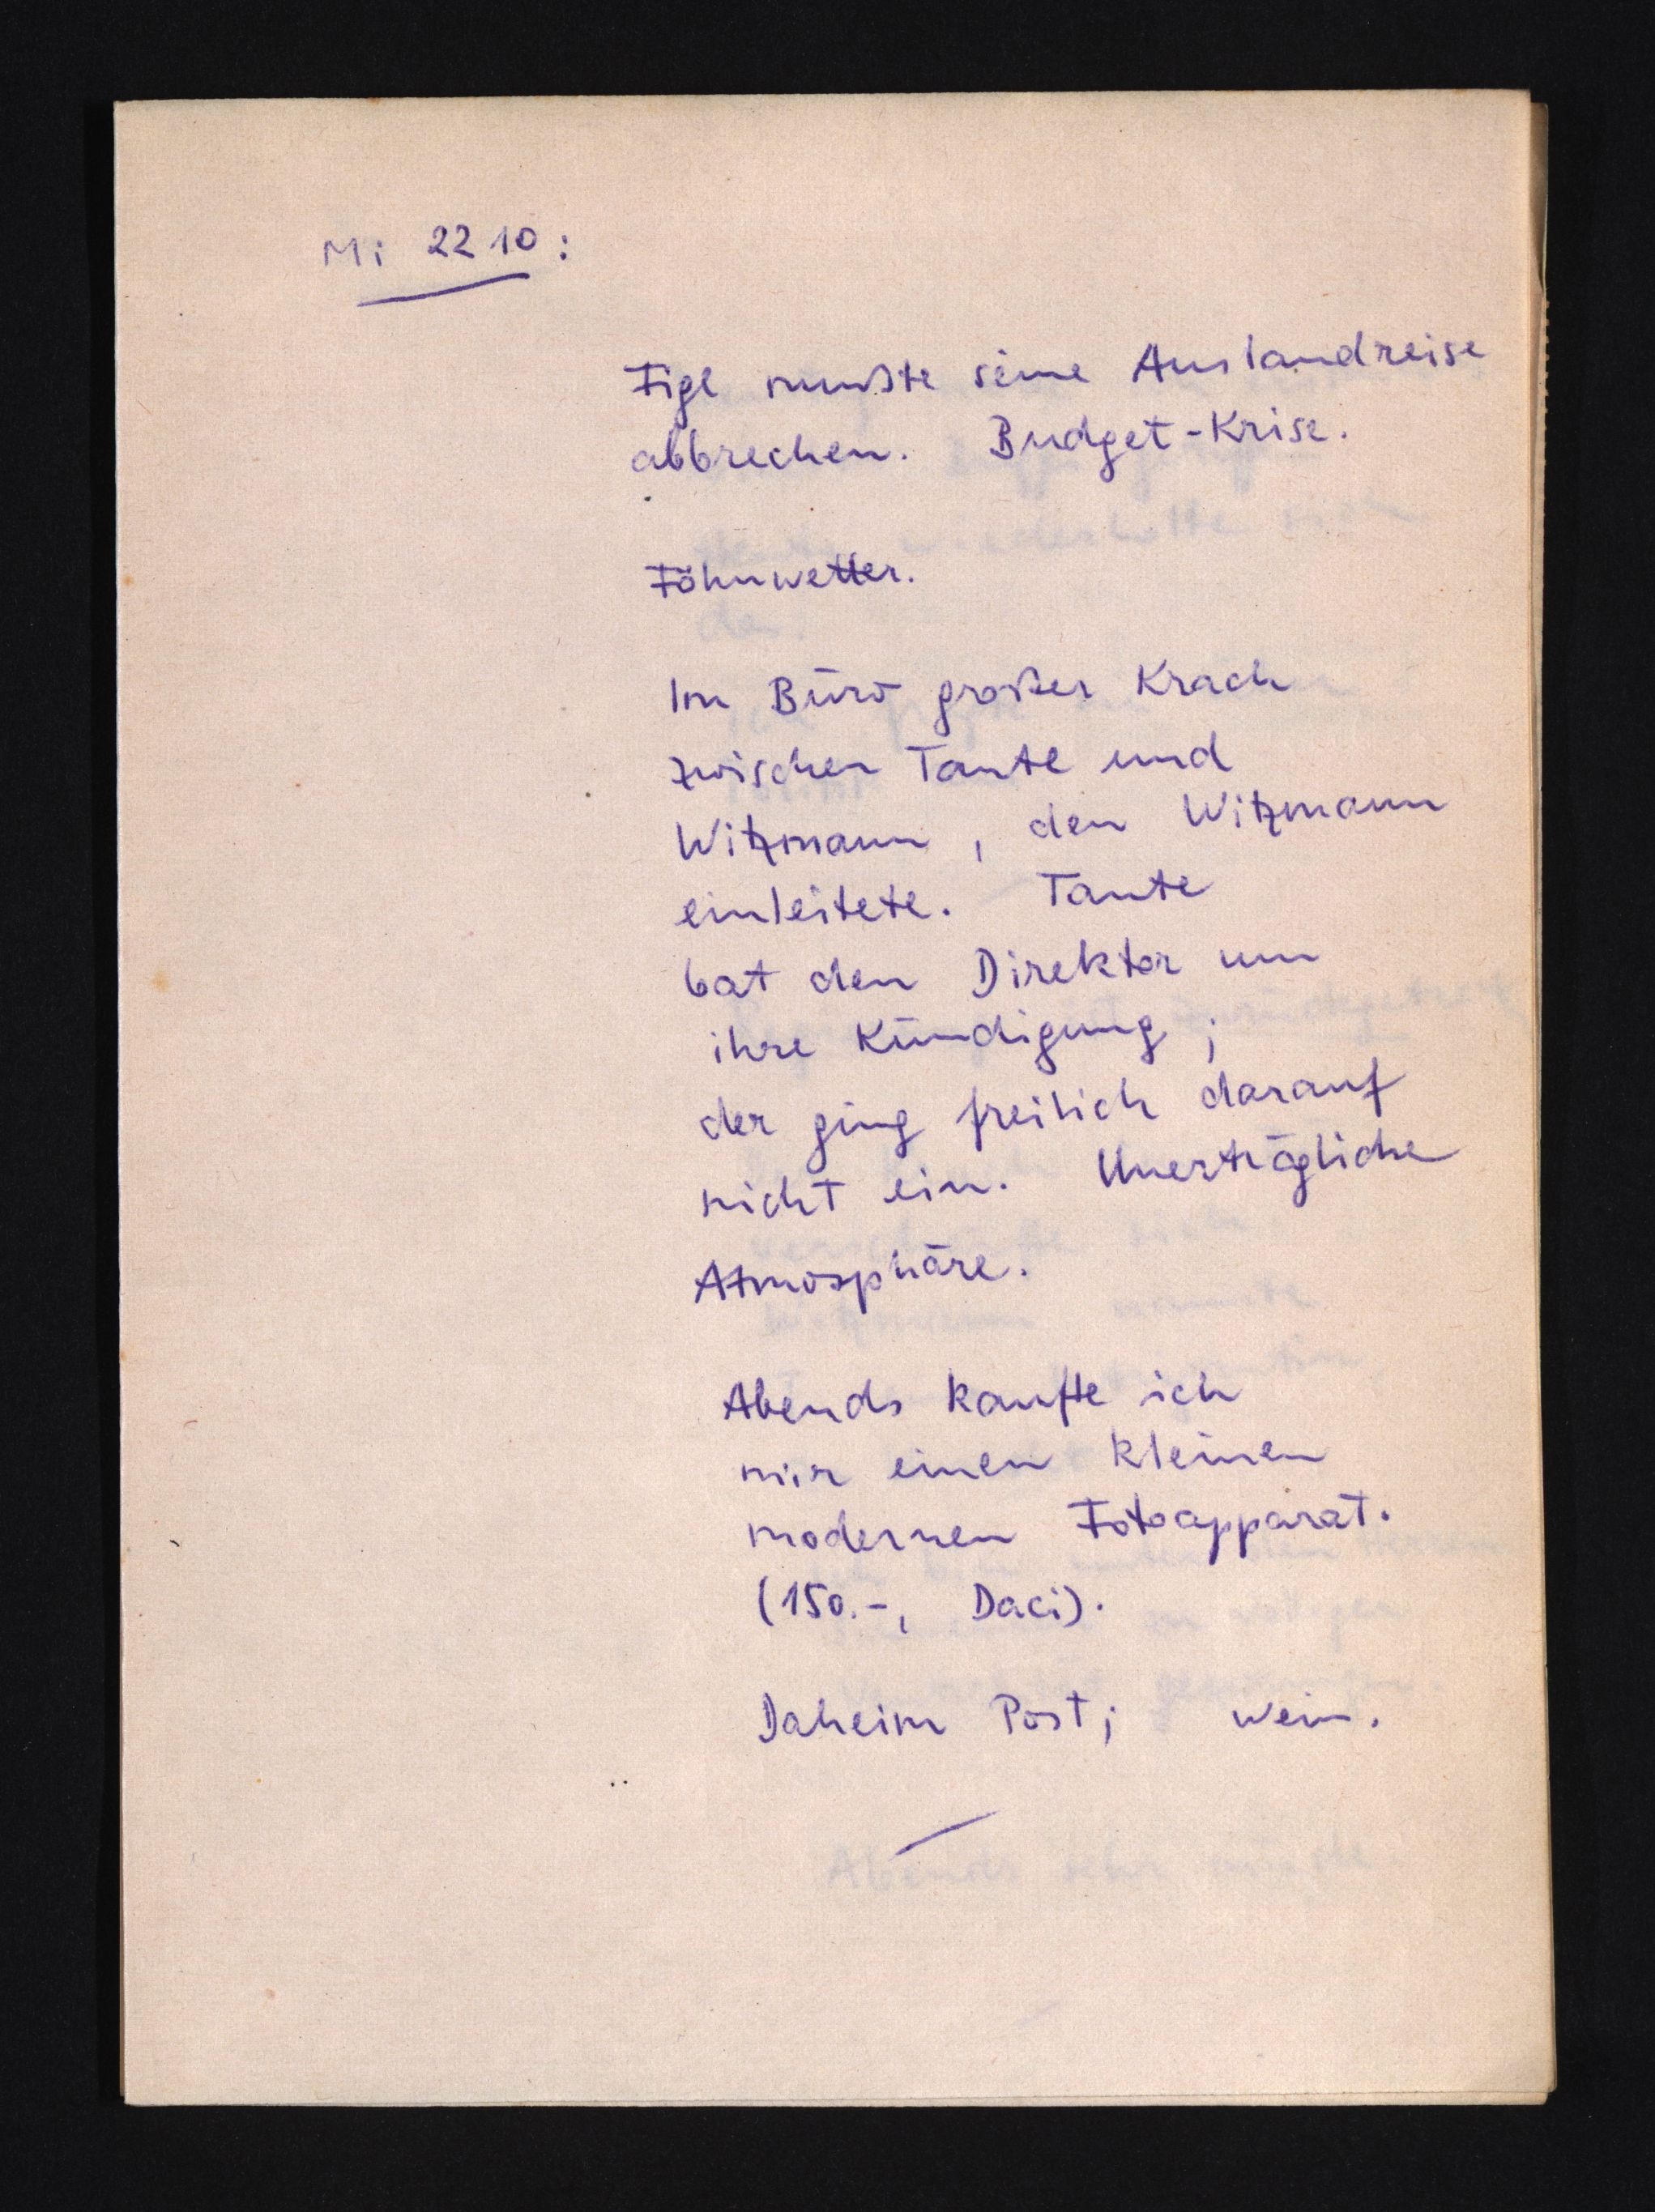
Mi 22 10:
Figl mußte seine Auslandreise
abbrechen. Budget-Krise.
Föhnwetter.
Im Büro großer Krach
zwischen Tante und
Witzmann, den Witzmann
einleitete. Tante
bat den Direktor um
ihre Kündigung;
der ging freilich darauf
nicht ein. Unerträgliche
Atmosphäre.
Abends kaufte ich
mir einen kleinen
modernen Fotoapparat.
(150.-, Daci).
Daheim Post; Wein.